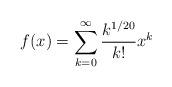
LaTeX: \begin{align*}f(x)=\sum_{k=0}^{\infty} \frac{k^{1/20}}{k!}x^k\end{align*}